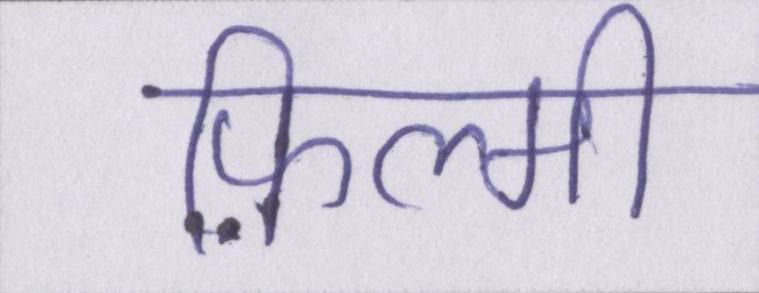
फ़िल्मी